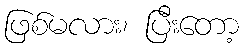
ဖြစ်မလား၊ ပြီးတော့